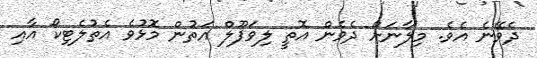
ދެވޭނެ އެވެ. މިލާނަށް ދެވެން އޮތީ ލިވަޕޫލް އަތުން މޮޅުވެ އެތުލެޓިކޯ އާއި